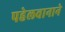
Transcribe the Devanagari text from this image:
पहेलवानाने